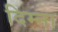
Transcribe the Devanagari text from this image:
दिम्ना